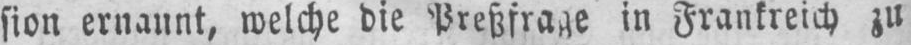
sion ernannt, welche die Preßfrage in Frankreich zu